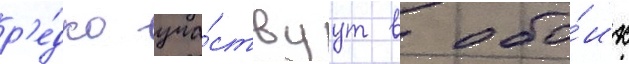
р'е́дко уча́ствуут в обо́их